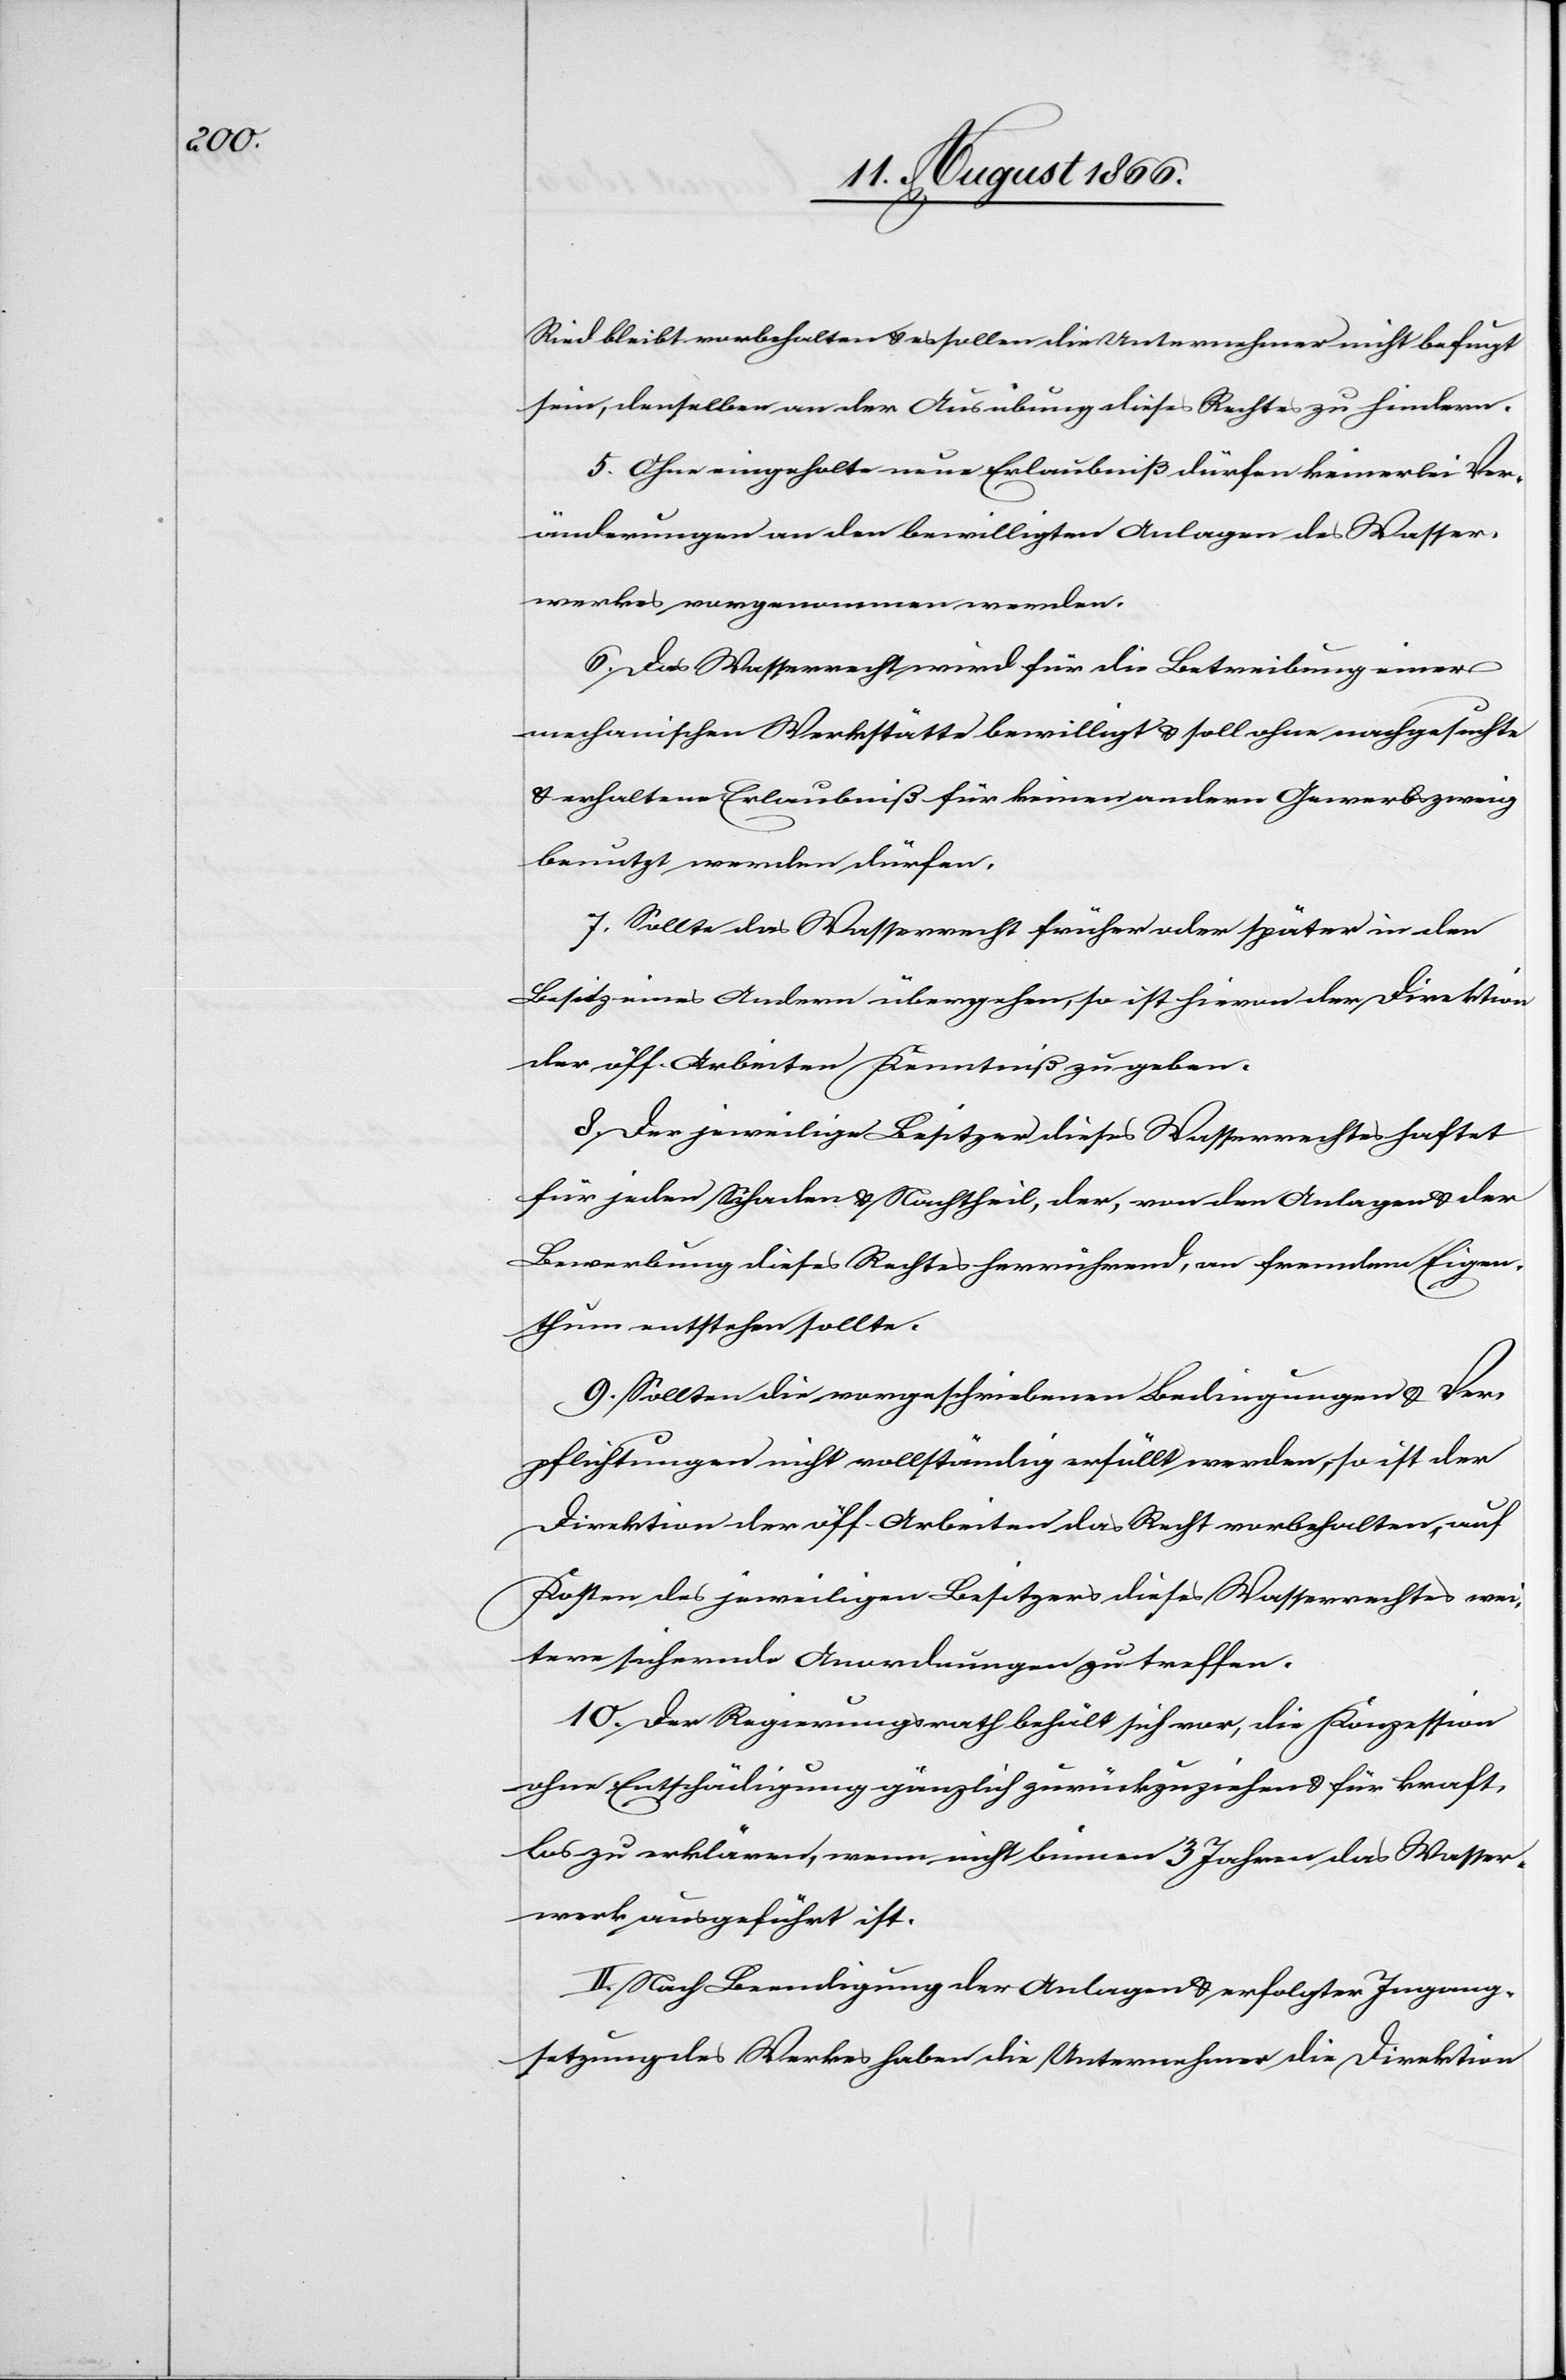
Ried bleibt vorbehalten u. es sollen die Unternehmer nicht befugt
sein, denselben an der Ausübung dieses Rechtes zu hindern.
5. Ohne eingeholte neue Erlaubniß dürfen keinerlei Ver¬
änderungen an den bewilligten Anlagen des Wasser¬
werkes vorgenommen werden.
6. Das Wasserrecht wird für die Betreibung einer
mechanischen Werkstätte bewilligt u. es soll ohne nachgesuchte
u. erhaltene Erlaubniß für keinen andern Gewerbszweig
benutzt werden dürfen.
7. Sollte das Wasserrecht früher oder später in den
Besitz eines Andern übergehen, so ist hievon der Direktion
der öff. Arbeiten Kenntniß zu geben.
8. Der jeweilige Besitzer dieses Wasserrechtes haftet
für jeden Schaden u. Nachtheil, der, von den Anlagen u. der
Bewerbung dieses Rechtes herrührend, an fremdem Eigen¬
thum entstehen sollte.
9. Sollten die vorgeschriebenen Bedingungen u. Ver¬
pflichtungen nicht vollständig erfüllt werden, so ist der
Direktion der öff. Arbeiten das Recht vorbehalten, auf
Kosten des jeweiligen Besitzers dieses Wasserrechtes wei¬
tere sichernde Anordnungen zu treffen.
10. Der Regierungsrath behält sich vor, die Konzession
ohne Entschädigung gänzlich zurückzuziehen u. für kraft¬
los zu erklären, wenn nicht binnen 3 Jahren das Wasser¬
werk ausgeführt ist.
II. Nach Beendigung der Anlangen u. erfolgter Ingang¬
setzung des Werkes haben die Unternehmer die Direktion